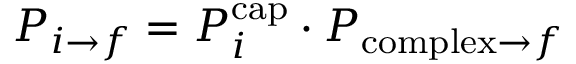
P _ { i \to f } = P _ { i } ^ { \mathrm { c a p } } \cdot P _ { \mathrm { c o m p l e x } \to f }